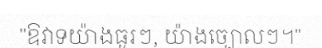
"ឱវាទយ៉ាងធូរៗ, យ៉ាងច្បោលៗ។"